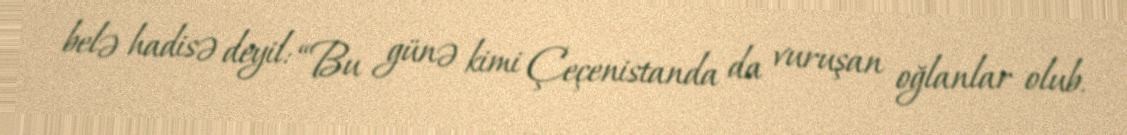
belə hadisə deyil: “Bu günə kimi Çeçenistanda da vuruşan oğlanlar olub.